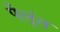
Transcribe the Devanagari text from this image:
पैलूंत